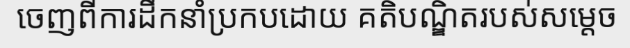
ចេញពីការដឹកនាំប្រកបដោយ គតិបណ្ឌិតរបស់សម្តេច